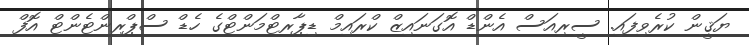
ޔަޤީން ކުރެވިފައި. ސީރިއަސް އެންޑް އޮގަނައިޒް ކްރައިމް ޑިޕާރޓްމަންޓްގެ ހެޑް ސްޕްރިންޓެންޓް އޮފް